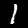
Label: 1